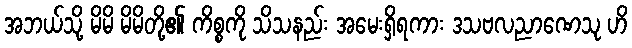
အဘယ်သို့ မိမိ မိမိတို့၏ ကိစ္စကို သိသနည်း အမေးရှိရကား ဒသဗလညာဏေသု ဟိ